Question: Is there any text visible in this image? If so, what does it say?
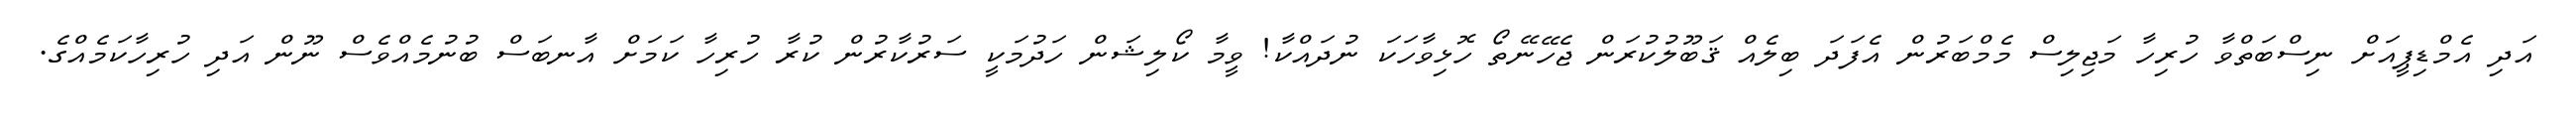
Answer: އަދި އެމްޑިޕީއަށް ނިސްބަތްވާ ހުރިހާ މަޖިލިސް މެމްބަރުން އެފަދަ ބިލެއް ޤަބޫލުކުރަން ޖެހޭނޭތޯ ހޮޅިވާހަކަ ނުދައްކާ! ވީމާ ކޯލިޝަން ހަދުމަކީ ސަރުކާރުން ކުރާ ހުރިހާ ކަމަށް އާނބަސް ބުނުމެއްވެސް ނޫން އަދި ހުރިހާކަމެއްގެ.